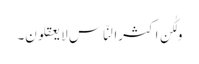
ولٰکن اکثرالنّاسِ لا یعقلون۔